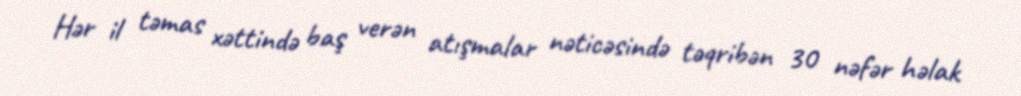
Hər il təmas xəttində baş verən atışmalar nəticəsində təqribən 30 nəfər həlak